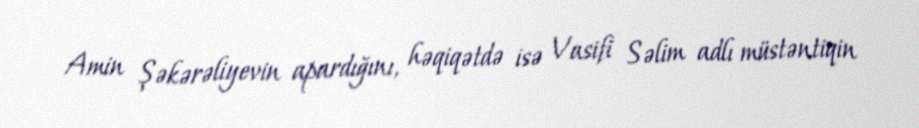
Amin Şəkərəliyevin apardığını, həqiqətdə isə Vasifi Səlim adlı müstəntiqin